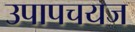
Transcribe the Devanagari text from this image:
उपापचयज